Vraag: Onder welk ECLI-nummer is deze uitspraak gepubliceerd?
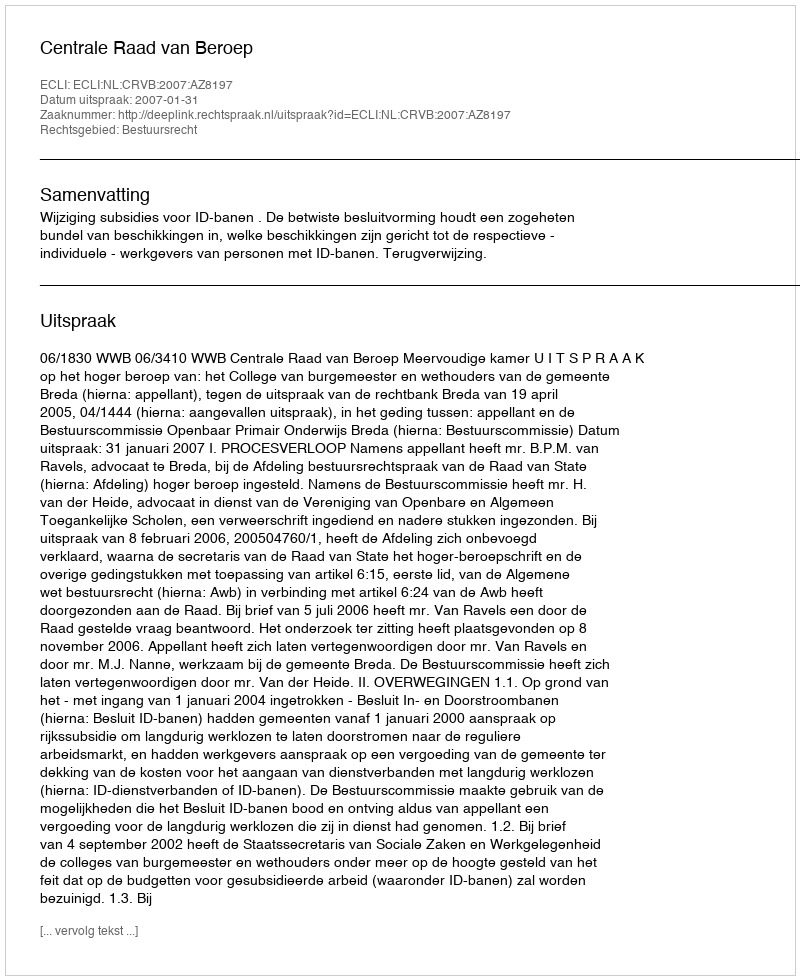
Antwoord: ECLI:NL:CRVB:2007:AZ8197